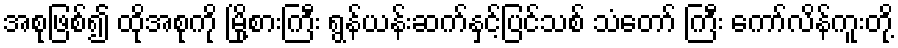
အစုဖြစ်၍ ထိုအစုကို မြို့စားကြီး ရွန်ယန်းဆက်နှင့်ပြင်သစ် သံတော် ကြီး ကော်လိန်ကူးတို့